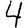
Digit: 4